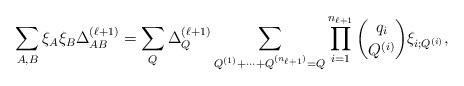
LaTeX: \begin{align*}\sum_{A,B}\xi_{A}\xi_{B}\Delta_{AB}^{(\ell+1)} = \sum_{Q} \Delta_{Q}^{(\ell+1)} \sum_{Q^{(1)}+\cdots + Q^{(n_{\ell+1})}=Q}\prod_{i=1}^{n_{\ell+1}}\binom{q_i}{Q^{(i)}} \xi_{i;Q^{(i)}},\end{align*}